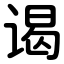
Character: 谒